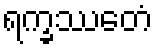
ရက္ခဿေတံ